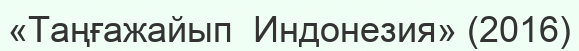
«Таңғажайып  Индонезия» (2016)